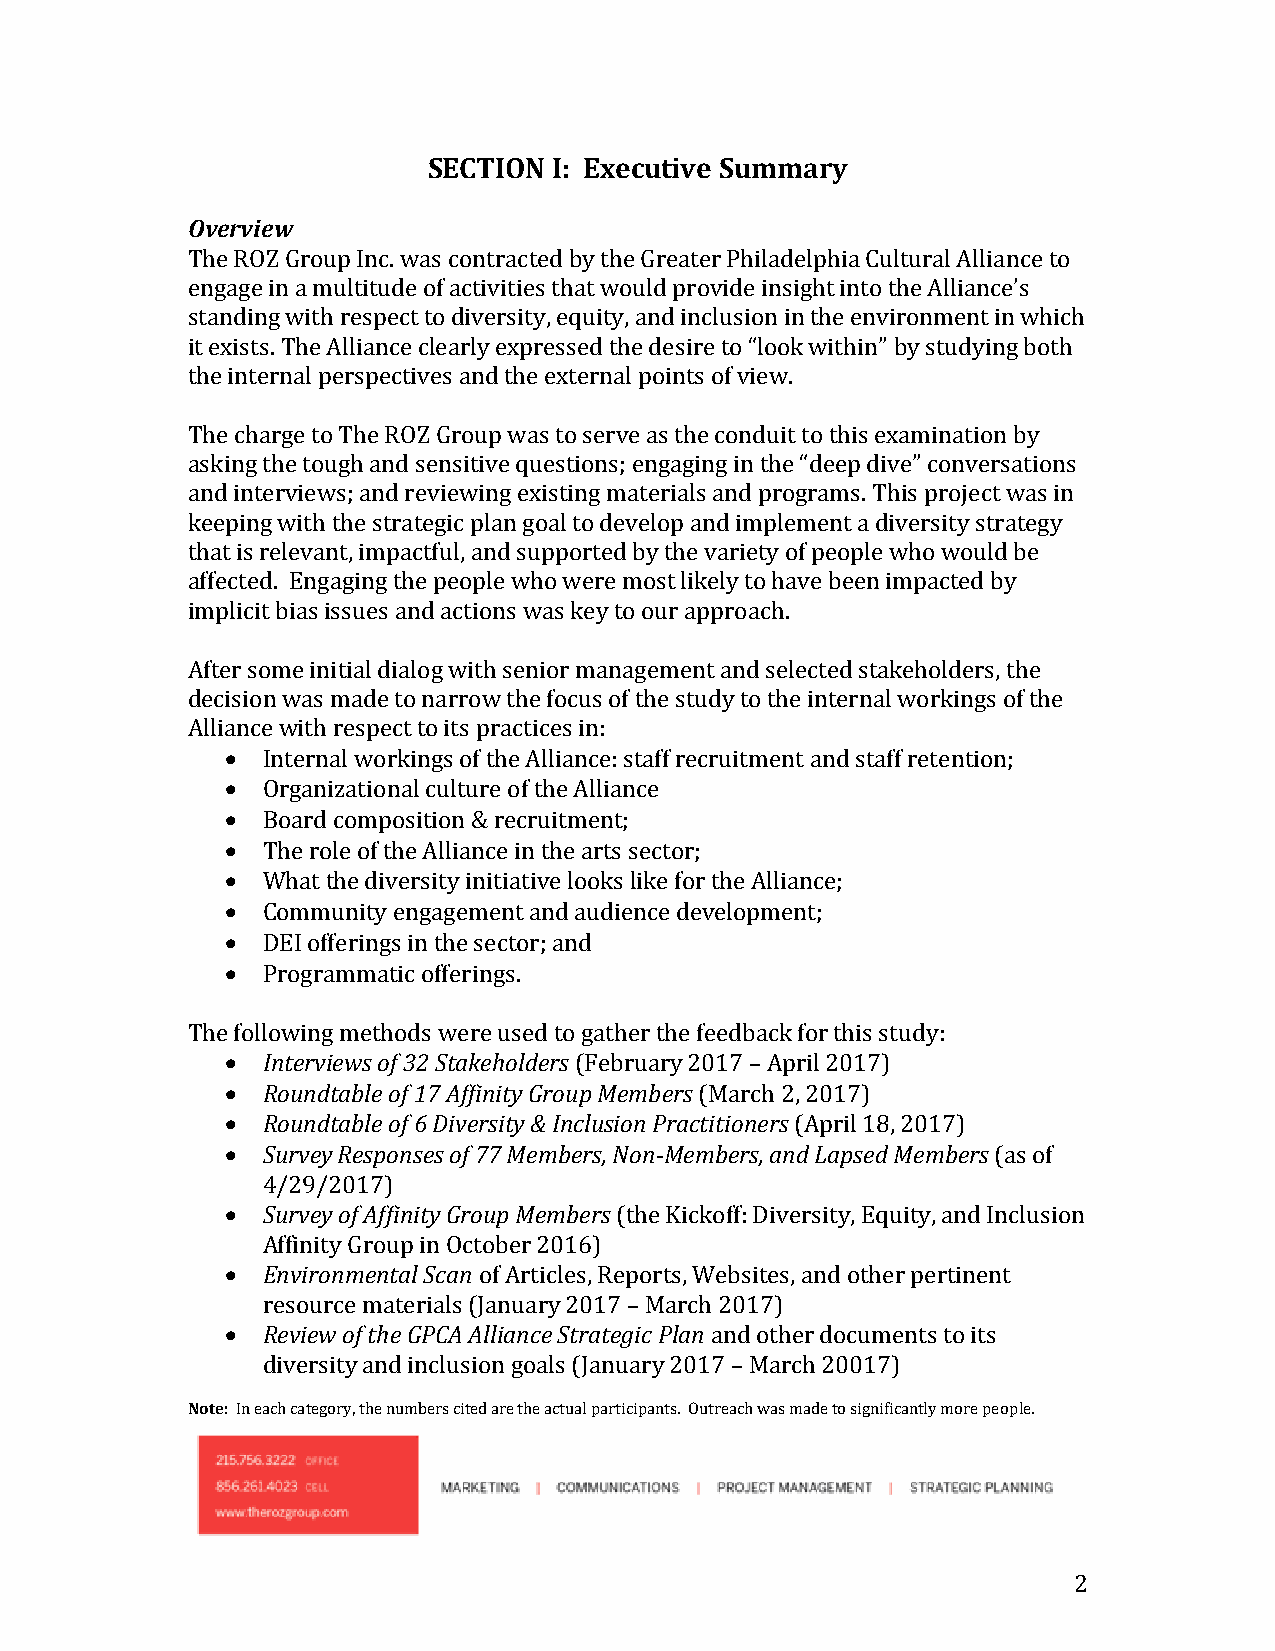
SECTION  I: Executive Summary
 Overview
 The ROZ Group Inc. was contracted by the Greater Philadelphia Cultural Alliance to
 engage in a multitude of activities that would provide insight into the Alliance’s
 standing with respect to diversity, equity, and inclusion in the environment in which
 it exists. The Alliance clearly expressed the desire to “look within” by studying both
 the internal perspectives and the external points of view.
 The charge to The ROZ Group was to serve as the conduit to this examination by
 asking the tough and sensitive questions; engaging in the “deep dive” conversations
 and interviews; and reviewing existing materials and programs. This project was in
 keeping with the strategic plan goal to develop and implement a diversity strategy
 that is relevant, impactful, and supported by the variety of people who would be
 affected. Engaging the people who were most likely to have been impacted by
 implicit bias issues and actions was key to our approach.
 After some initial dialog with senior management and selected stakeholders, the
 decision was made to narrow the focus of the study to the internal workings of the
 Alliance with respect to its practices in:
  Internal workings of the Alliance: staff recruitment and staff retention;
  Organizational culture of the Alliance
  Board composition & recruitment;
  The role of the Alliance in the arts sector;
  What the diversity initiative looks like for the Alliance;
  Community engagement and audience development;
  DEI offerings in the sector; and
  Programmatic offerings.
 The following methods were used to gather the feedback for this study:
  Interviews of 32 Stakeholders (February 2017 – April 2017)
  Roundtable of 17 Affinity Group Members (March 2, 2017)
  Roundtable of 6 Diversity & Inclusion Practitioners (April 18, 2017)
  Survey Responses of 77 Members, Non-Members, and Lapsed Members (as of
 4/29/2017)
  Survey of Affinity Group Members (the Kickoff: Diversity, Equity, and Inclusion
 Affinity Group in October 2016)
  Environmental Scan of Articles, Reports, Websites, and other pertinent
 resource materials (January 2017 – March 2017)
  Review of the GPCA Alliance Strategic Plan and other documents to its
 diversity and inclusion goals (January 2017 – March 20017)
 Note: In each category, the numbers cited are the actual participants. Outreach was made to significantly more people.
 2